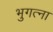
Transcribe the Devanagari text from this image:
भुगत्ना